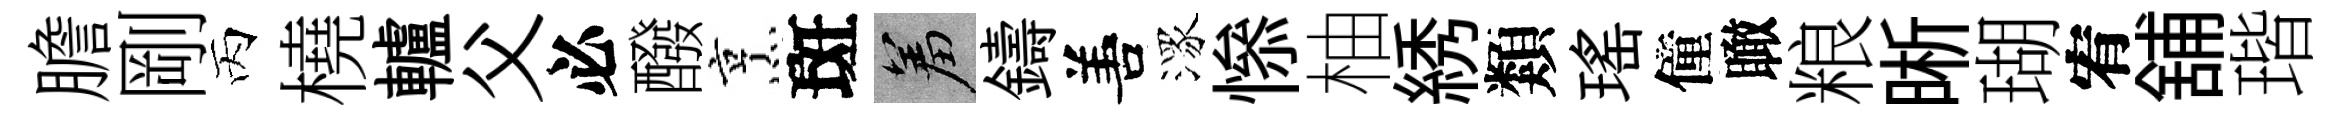
膽剛丙橈轤父必醱烹斑羞鑄𠵊潈𢡖柚綉類瑤僮瞰粮晰瑚宥舖瑎